[Report on the health of British troops in the Madras command]
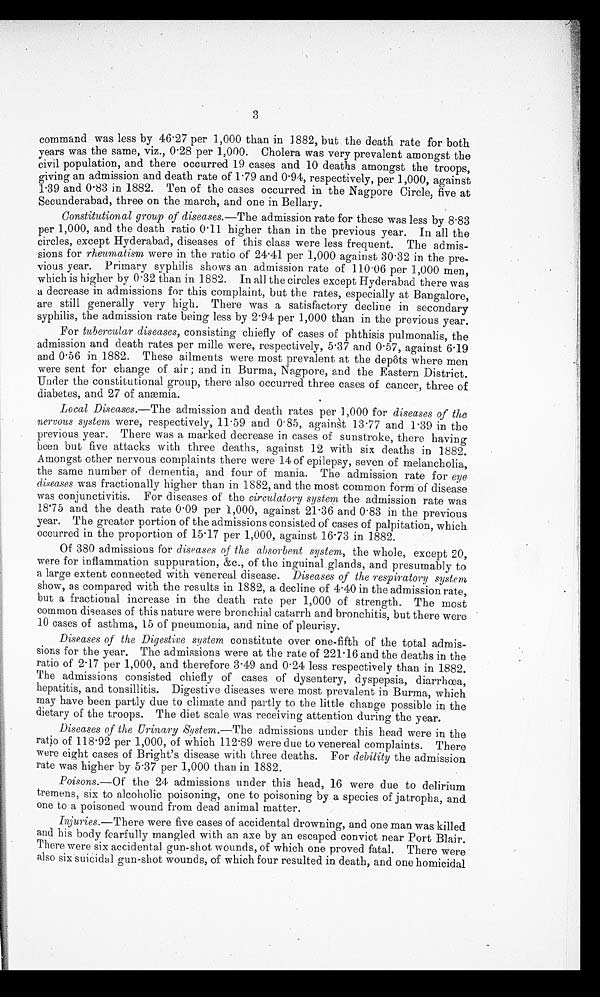
3
command was less by 46.27 per 1,000 than in 1882, but the death rate for both
years was the same, viz., 0.28 per 1,000. Cholera was very prevalent amongst the
civil population, and there occurred 19 cases and 10 deaths amongst the troops,
giving an admission and death rate of 1.79 and 0.94, respectively, per 1,000, against
giving
1.39 and 0.83 in 1882. Ten of the cases occurred in the Nagpore Circle, five at
Secunderabad, three on the march, and one in Bellary.
Constitutional group of diseases.—The admission rate for these was less by 8.83
per 1,000, and the death ratio 0.11 higher than in the previous year. In all the
circles, except Hyderabad, diseases of this class were less frequent. The admis
- s i o n s f o r
r h e u m a t i s m
were in the ratio of 24.41 per 1,000 against 30.32 in the pre
-vious year. Primary syphilis shows an admission rate of 110.06 per 1,000 men,
which is higher by 0.32 than in 1882. In all the circles except Hyderabad there was
a decrease in admissions for this complaint, but the rates, especially at Bangalore,
are still generally very high. There was a satisfactory decline in secondary
syphilis, the admission rate being less by 2.94 per 1,000 than in the previous year.
For tubercular diseases, consisting chiefly of cases of phthisis pulmonalis, the
admission and death rates per mille were, respectively, 5.37 and 0.57, against 6.19
and 0.56 in 1882. These ailments were most prevalent at the depôts where men
were sent for change of air; and in Burma, Nagpore, and the Eastern District.
Under the constitutional group, there also occurred three cases of cancer, three of
diabetes, and 27 of anæmia.
Local Diseases.—The admission and death rates per 1,000 for diseases of the
nervous system wer e, r espect i vel y, 11. 59 and 0. 85, agai nst 13. 77 and 1. 39 i n t he
previous year. There was a marked decrease in cases of sunstroke, there having
been but five attacks with three deaths, against 12 with six deaths in 1882.
Amongst other nervous complaints there were 14 of epilepsy, seven of melancholia,
the same number of dementia, and four of mania. The admission rate for eye
diseases was fractionally higher than in 1882, and the most common form of disease
was conjunctivitis. For diseases of the circulatory system the admission rate was
18.75 and the death rate 0.09 per 1,000, against 21.36 and 0.83 in the previous
year. The greater portion of the admissions consisted of cases of palpitation, which
occurred in the proportion of 15.17 per 1,000, against 16.73 in 1882.
Of 380 admissions for diseases of the absorbent system, the whole, except 20,
were for inflammation suppuration, &c., of the inguinal glands, and presumably to
a large extent connected with venereal disease. Diseases of the respiratory system
show, as compared with the results in 1882, a decline of 4.40 in the admission rate,
but a fractional increase in the death rate per 1,000 of strength. The most
common diseases of this nature were bronchial catarrh and bronchitis, but there were
10 cases of asthma, 15 of pneumonia, and nine of pleurisy.
Diseases of the Digestive system constitute over one-fifth of the total admis
- s i o n s f o r t h e y e a r . T h e a d m i s s i o n s w e r e a t t h e r a t e o f 2 2 1 . 1 6 a n d t h e d e a t h s i n t h e
ratio of 2.17 per 1,000, and therefore 3.49 and 0.24 less respectively than in 1882.
The admissions consisted chiefly of cases of dysentery, dyspepsia, diarrhœa,
hepatitis, and tonsillitis. Digestive diseases were most prevalent in Burma, which
may have been partly due to climate and partly to the little change possible in the
dietary of the troops. The diet scale was receiving attention during the year.
Diseases of the Urinary System.— The admissions under this head were in the
ratio of 118.92 per 1,000, of which 112.89 were due to venereal complaints. There
were eight cases of Bright's disease with three deaths. For debility the admission
rate was higher by 5.37 per 1,000 than in 1882.
Poisons.—Of the 24 admissions under this head, 16 were due to delirium
tremens, six to alcoholic poisoning, one to poisoning by a species of jatropha, and
one to a poisoned wound from dead animal matter.
Injuries.—There were five cases of accidental drowning, and one man was killed
and his body fearfully mangled with an axe by an escaped convict near Port Blair.
There were six accidental gun-shot wounds, of which one proved fatal. There were
also six suicidal gun-shot wounds, of which four resulted in death, and one homicidal